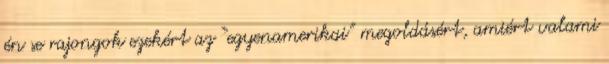
én se rajongok ezekért az “egyenamerikai” megoldásért, amiért valami